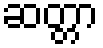
ဆတ္တာ